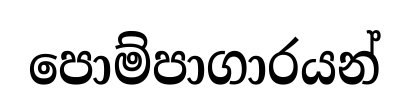
පොම්පාගාරයන්